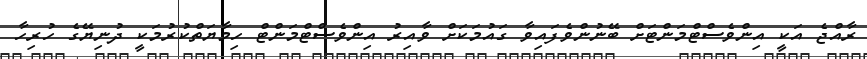
ރާއްޖެ އަކީ އިންވެސްޓްމަންޓަށް ބޭނުންވެފައިވާ ގައުމަކަށް ވާއިރު އިންވެސްޓްމަންޓް ހިމާޔަތްކުރުމަކީ ދުނިޔޭގެ ހުރިހާ